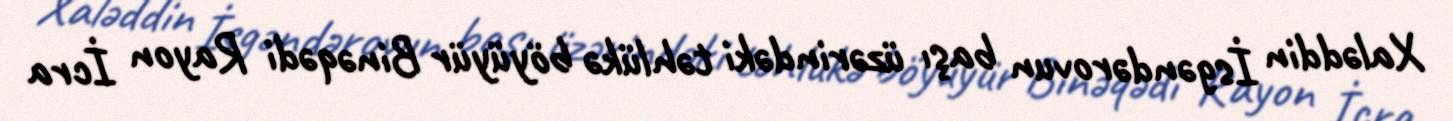
Xaləddin İsgəndərovun başı üzərindəki təhlükə böyüyür Binəqədi Rayon İcra